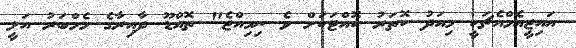
އައިޖީއެމްއެޗަކީ މިއަދު ކޮތަރު ކޮއްޓަކަށް ވެ ނިމިއްޖެ" ތޮއްޑޫ ދާއިރާގެ މެމްބަރު އަލީ